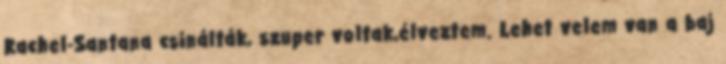
Rachel-Santana csinálták, szuper voltak,élveztem. Lehet velem van a baj